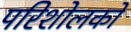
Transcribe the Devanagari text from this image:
परिशोलकों